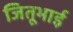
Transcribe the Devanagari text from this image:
जितूभाई